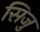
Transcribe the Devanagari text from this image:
सिजु